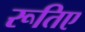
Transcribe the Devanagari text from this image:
रूतिए